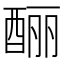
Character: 酾